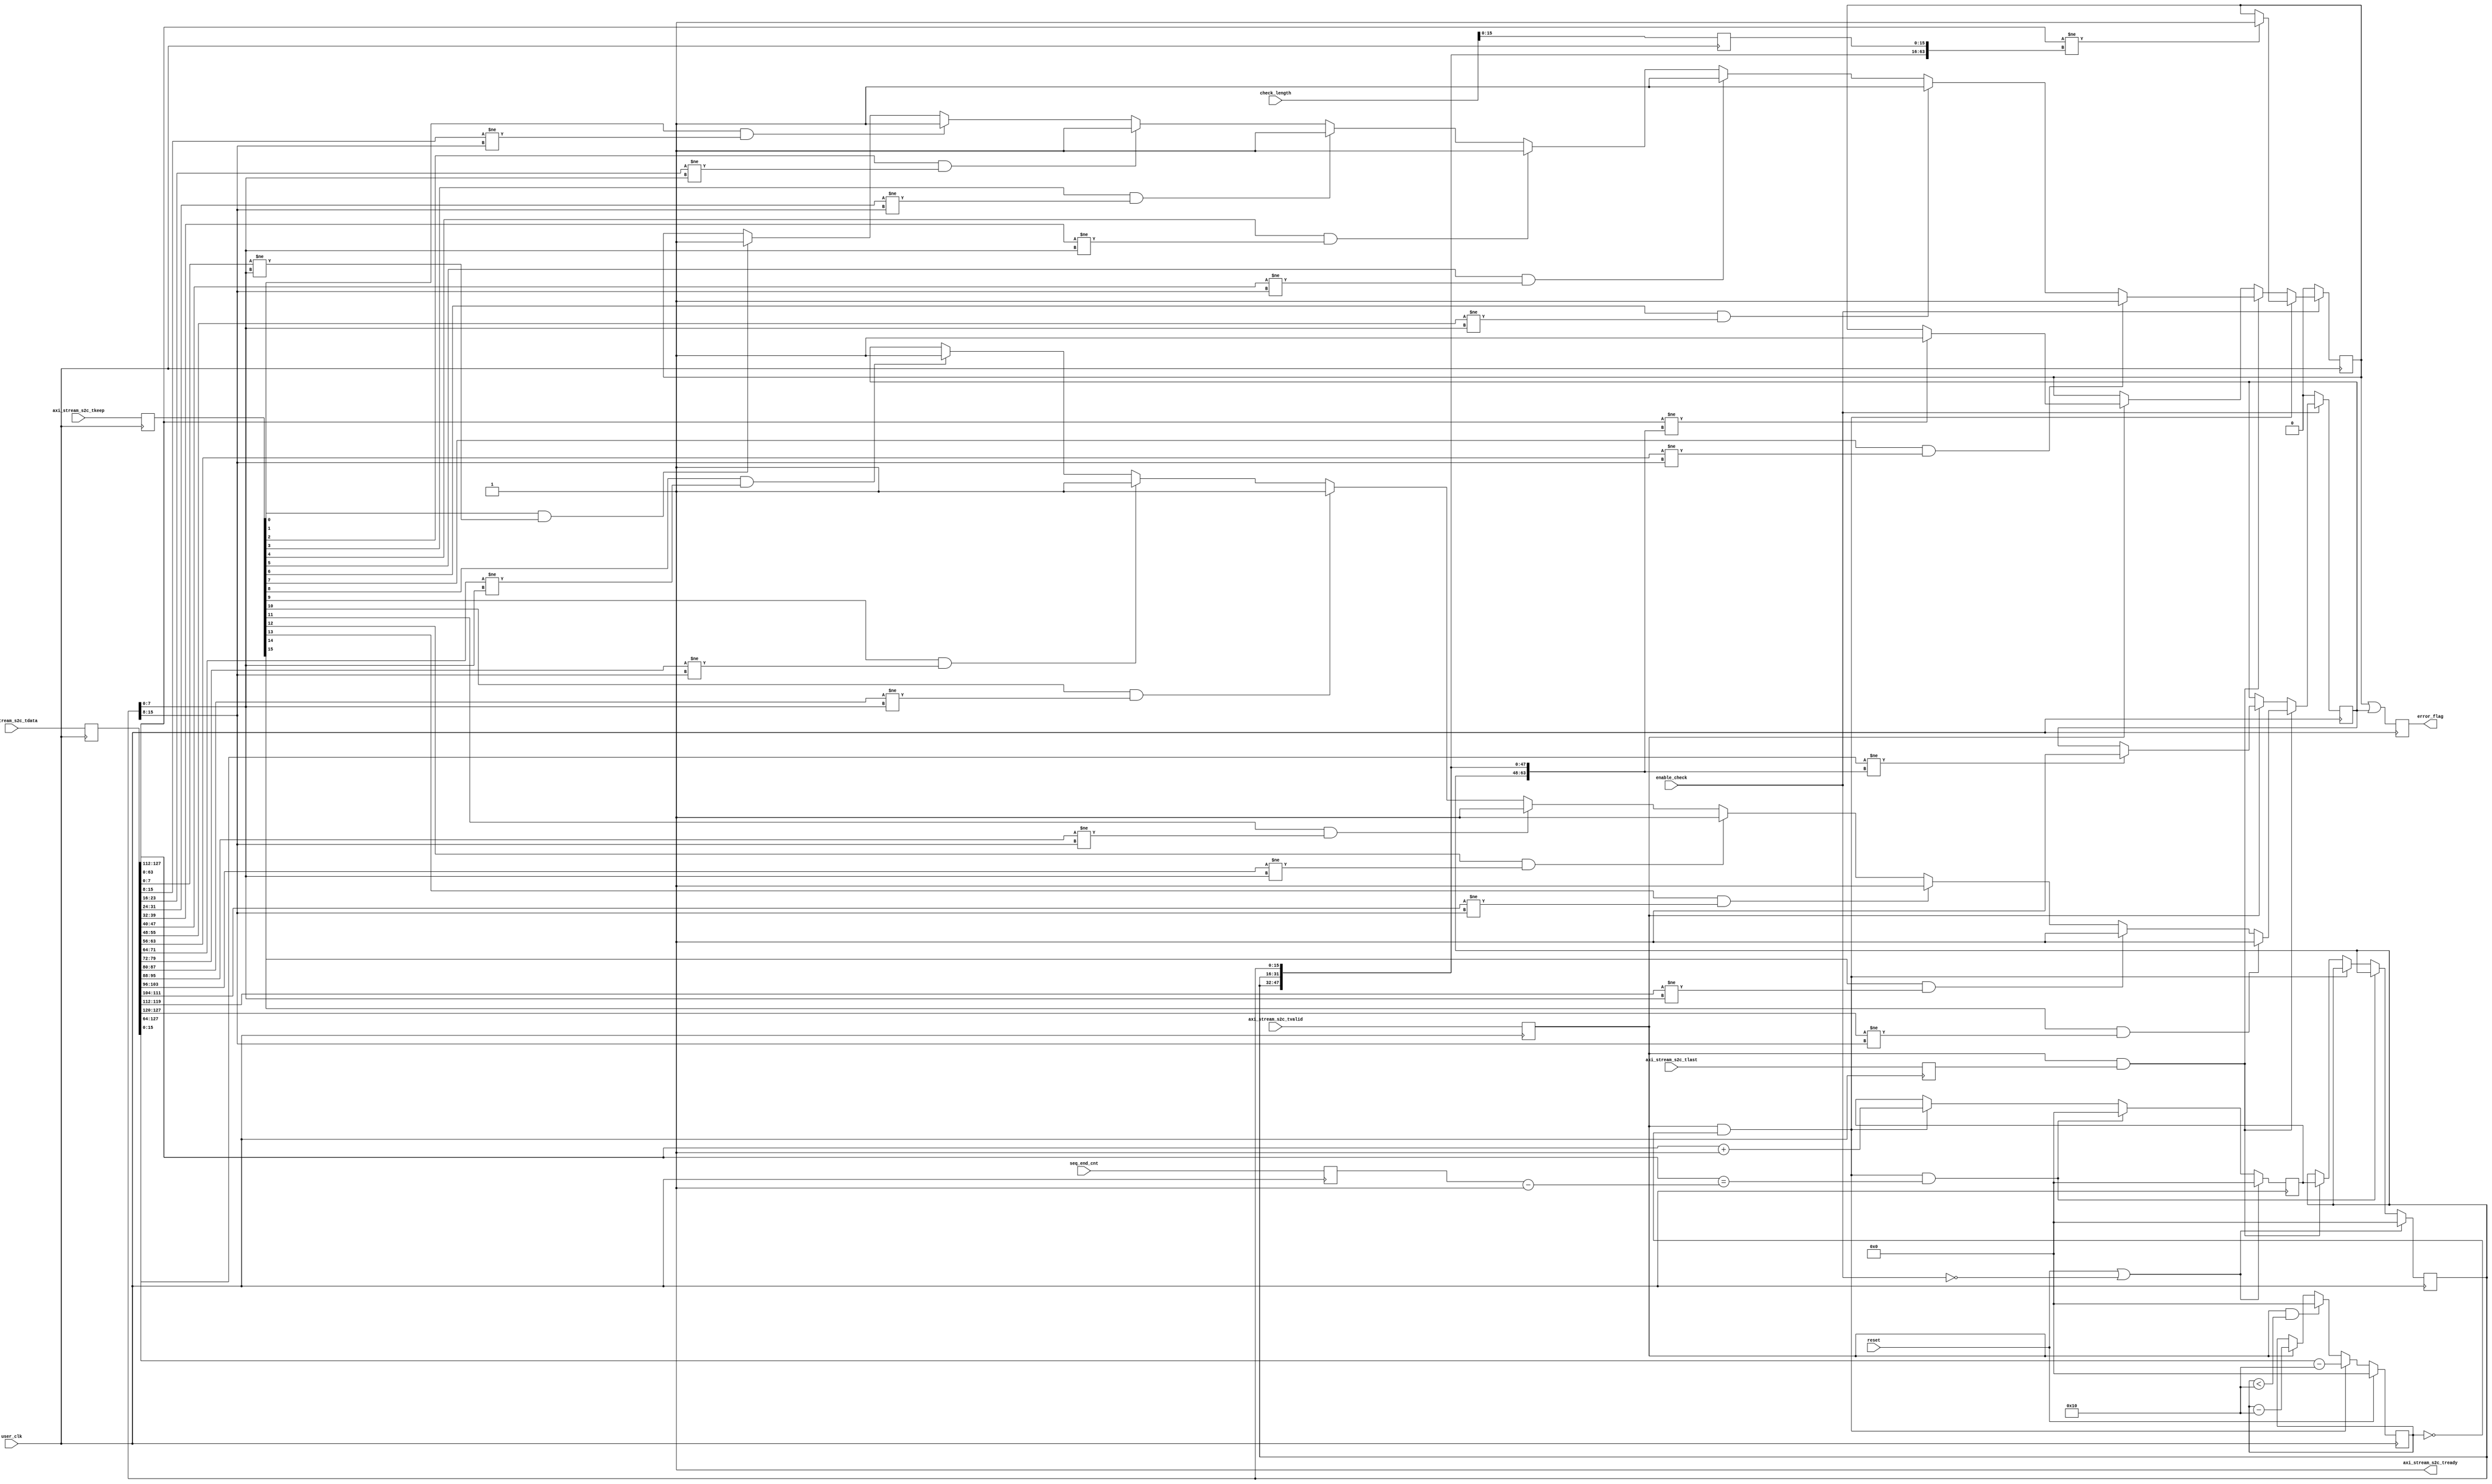
//-----------------------------------------------------------------------------
//
// (c) Copyright 2012-2013 Xilinx, Inc. All rights reserved.
//
// This file contains confidential and proprietary information of Xilinx, Inc.
// and is protected under U.S. and international copyright and other
// intellectual property laws.
//
// DISCLAIMER
//
// This disclaimer is not a license and does not grant any rights to the
// materials distributed herewith. Except as otherwise provided in a valid
// license issued to you by Xilinx, and to the maximum extent permitted by
// applicable law: (1) THESE MATERIALS ARE MADE AVAILABLE "AS IS" AND WITH ALL
// FAULTS, AND XILINX HEREBY DISCLAIMS ALL WARRANTIES AND CONDITIONS, EXPRESS,
// IMPLIED, OR STATUTORY, INCLUDING BUT NOT LIMITED TO WARRANTIES OF
// MERCHANTABILITY, NON-INFRINGEMENT, OR FITNESS FOR ANY PARTICULAR PURPOSE;
// and (2) Xilinx shall not be liable (whether in contract or tort, including
// negligence, or under any other theory of liability) for any loss or damage
// of any kind or nature related to, arising under or in connection with these
// materials, including for any direct, or any indirect, special, incidental,
// or consequential loss or damage (including loss of data, profits, goodwill,
// or any type of loss or damage suffered as a result of any action brought by
// a third party) even if such damage or loss was reasonably foreseeable or
// Xilinx had been advised of the possibility of the same.
//
// CRITICAL APPLICATIONS
//
// Xilinx products are not designed or intended to be fail-safe, or for use in
// any application requiring fail-safe performance, such as life-support or
// safety devices or systems, Class III medical devices, nuclear facilities,
// applications related to the deployment of airbags, or any other
// applications that could lead to death, personal injury, or severe property
// or environmental damage (individually and collectively, "Critical
// Applications"). Customer assumes the sole risk and liability of any use of
// Xilinx products in Critical Applications, subject only to applicable laws
// and regulations governing limitations on product liability.
//
// THIS COPYRIGHT NOTICE AND DISCLAIMER MUST BE RETAINED AS PART OF THIS FILE
// AT ALL TIMES.

`timescale 1ps / 1ps

module axi_stream_check #(
    parameter CNT_WIDTH        =  20   ,
    parameter SEQ_END_CNT_WIDTH = 32   ,
    parameter AXIS_TDATA_WIDTH =  128  ,
    parameter NUM_BYTES        = AXIS_TDATA_WIDTH/8,
    parameter AXIS_TKEEP_WIDTH =  16   
)
(
    input                         enable_check,
    input  [CNT_WIDTH-1:0]        check_length,
    input  [SEQ_END_CNT_WIDTH-1:0]seq_end_cnt,
    input  [AXIS_TDATA_WIDTH-1:0] axi_stream_s2c_tdata,
    input  [AXIS_TKEEP_WIDTH-1:0] axi_stream_s2c_tkeep,
    input                         axi_stream_s2c_tvalid,
    input                         axi_stream_s2c_tlast,
    output                        axi_stream_s2c_tready,
    output reg                    error_flag,

    input                         user_clk,
    input                         reset   

);

  /************** Wire Declaration *******************/
  wire [AXIS_TDATA_WIDTH-1:0]   expected_data;

  /************** Reg Declaration *******************/
  reg  [AXIS_TDATA_WIDTH-1:0]   tx_data_c = 'b0;
  reg                           tx_data_valid_c = 'b0;
  reg  [AXIS_TKEEP_WIDTH-1:0]   tx_data_strobe_c;
  reg  [15:0]                   tx_pkt_length = 'b0;
  reg                           tx_data_last_c = 'b0;
  reg  [15:0]                   byte_cnt_c = 'b0;
  reg  [15:0]                   expected_tag_c = 'b0;
  reg  [15:0]                   next_expected_tag_c = 'b0;
  reg                           data_mismatch_0;
  reg                           data_mismatch_1;
  reg  [AXIS_TKEEP_WIDTH/2-1:0] i = 0;
  reg  [SEQ_END_CNT_WIDTH-1:0]  seq_end_cnt_r;


  // The Checker compares transmitted data against the expected data.
  // The expected data has the following pattern
  // The first DW (128 bits/16 bytes) of a packet carries 
  // the length info in the first 2 bytes and a 2 byte  
  // tag repeated seven times. All subsequent DW have the
  // the tag number repeated 8 times. 
  // The tag num increments by 1 from one packet to the
  // next
  
  assign expected_data = {AXIS_TKEEP_WIDTH/2{expected_tag_c}};
  
  always @ (posedge user_clk)
  begin
    tx_data_c         <= axi_stream_s2c_tdata;
    tx_data_valid_c   <= axi_stream_s2c_tvalid;
    tx_pkt_length     <= check_length;
    tx_data_strobe_c  <= axi_stream_s2c_tkeep;
    tx_data_last_c    <= axi_stream_s2c_tlast;
  end  

  always @ (posedge user_clk) begin
      seq_end_cnt_r <= seq_end_cnt;
  end
  
  // The data comparison is spilt over two processes to help with timing. 
  always @ (posedge user_clk) 
  begin
    if (!enable_check ) begin
        data_mismatch_0 <= 1'b0;
    end else if (tx_data_valid_c && byte_cnt_c == 0) begin
      if (tx_data_c[AXIS_TDATA_WIDTH/2-1:0] != {expected_data[AXIS_TDATA_WIDTH/2-1:16],tx_pkt_length}) begin
        data_mismatch_0 <= 1'b1;
      end    
    end else if (tx_data_valid_c && tx_data_last_c) begin
      for (i= 0; i <AXIS_TKEEP_WIDTH/2; i= i+1) begin  
        if (tx_data_strobe_c[i]  == 1 && tx_data_c[(i*8)+:8] != expected_data[(i*8)+:8]) begin
          data_mismatch_0 <= 1'b1; 
        end  
      end
    end else if (tx_data_valid_c) begin
      if (tx_data_c[AXIS_TDATA_WIDTH/2-1:0] != expected_data[AXIS_TDATA_WIDTH/2-1:0]) begin    
        data_mismatch_0 <= 1'b1;  
      end  
    end 
    
  end  
  
  always @ (posedge user_clk) 
  begin
    if (!enable_check) begin
        data_mismatch_1 <= 1'b0;
    end else if (tx_data_valid_c && tx_data_last_c) begin
      for (i= AXIS_TKEEP_WIDTH/2; i <AXIS_TKEEP_WIDTH; i= i+1) begin  
        if (tx_data_strobe_c[i]  == 1 && tx_data_c[(i*8)+:8] != expected_data[(i*8)+:8]) begin
          data_mismatch_1 <= 1'b1; 
        end  
      end
    end else if (tx_data_valid_c) begin
      if (tx_data_c[AXIS_TDATA_WIDTH-1:AXIS_TDATA_WIDTH/2] != expected_data[AXIS_TDATA_WIDTH-1:AXIS_TDATA_WIDTH/2]) begin    
        data_mismatch_1 <= 1'b1;  
      end  
    end 
    
  end  
  
  // data_mismatch is a sticky bit. The software polls this
  // register at regular intervals. 
  // This bit is set only when enable_check is 1
  always @ (posedge user_clk)
  begin
    error_flag <= data_mismatch_0 || data_mismatch_1;
  end
  
  
  // Expected tag is updated at the end of a packet  
  always @ (posedge user_clk) 
  begin
    if (reset || !enable_check ) begin
      expected_tag_c <= 0;
      next_expected_tag_c <= 0;
    end else if (tx_data_valid_c && byte_cnt_c == 0 && tx_data_c[AXIS_TDATA_WIDTH-1:AXIS_TDATA_WIDTH-16]==seq_end_cnt_r-1) begin
      next_expected_tag_c <= 0;  
    end else if (tx_data_valid_c && byte_cnt_c == 0) begin
      next_expected_tag_c <= tx_data_c[AXIS_TDATA_WIDTH-1:AXIS_TDATA_WIDTH-16]+1;  
    end else if (tx_data_valid_c && tx_data_last_c) begin
      expected_tag_c <= next_expected_tag_c;  
    end  
  end  
  
  // Could use axi_stream_s2c_tlast to determine the start of
  // the next packet, but byte count allows to check
  // the actual payload length
  always @(posedge user_clk)
  begin
    if (reset == 1'b1 ) begin
      byte_cnt_c <= 0;
    end else if (tx_data_valid_c && byte_cnt_c == 0) begin
      byte_cnt_c <= tx_data_c[15:0] - AXIS_TKEEP_WIDTH;
    end else if (tx_data_valid_c && byte_cnt_c < AXIS_TKEEP_WIDTH) begin
      byte_cnt_c <= 0;
    end else if (tx_data_valid_c) begin
      byte_cnt_c <= byte_cnt_c - AXIS_TKEEP_WIDTH;
    end
  end

  assign axi_stream_s2c_tready=1'b1;


endmodule